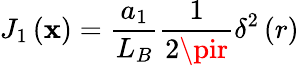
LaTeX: J_{1}\left(\mathbf{x}\right)={\frac{{a_{1}}}{{L_{B}}}}{\frac{{1}}{{2\pir}}}\delta^{2}\left(r\right)